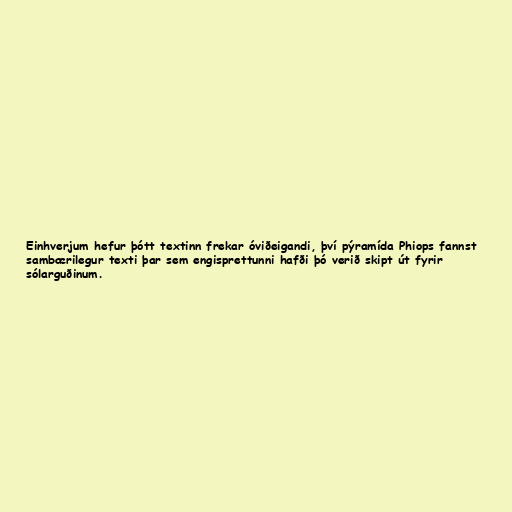
Einhverjum hefur þótt textinn frekar óviðeigandi, því pýramída Phiops fannst
sambærilegur texti þar sem engisprettunni hafði þó verið skipt út fyrir
sólarguðinum.